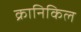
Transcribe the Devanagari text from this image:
क्रानिकिल